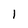
Character: 1